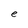
Character: e